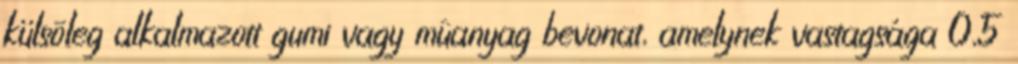
külsõleg alkalmazott gumi vagy mûanyag bevonat, amelynek vastagsága 0,5